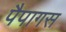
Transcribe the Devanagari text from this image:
पैपागस